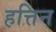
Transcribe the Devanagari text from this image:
हत्तिन